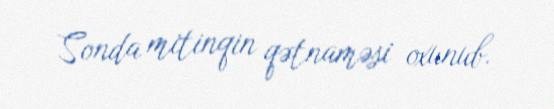
Sonda mitinqin qətnaməsi oxunub.